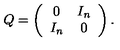
Q = \left( \begin{array} { c c } { 0 } & { I _ { n } } \\ { I _ { n } } & { 0 } \\ \end{array} \right) .